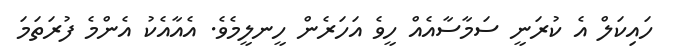
ހައިކަލް އެ ކުރަނީ ސަމާސާއެއް ހީވެ އަހަރެން ހީނލީމެވެ. އެއާއެކު އެންމެ ފުރަތަމަ